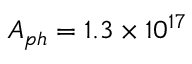
A _ { p h } = 1 . 3 \times 1 0 ^ { 1 7 }